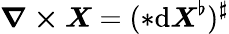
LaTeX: \boldsymbol{\nabla\times X}=({*}\mathrm{d}\boldsymbol{X}^{\flat})^{\sharp}